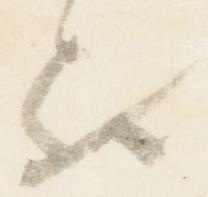
歟